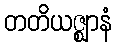
တတိယဇ္ဈာနံ